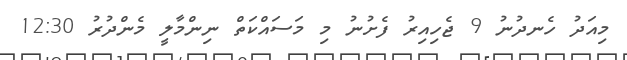
މިއަދު ހެނދުނު 9 ޖެހިއިރު ފެށުނު މި މަސައްކަތް ނިންމާލީ މެންދުރު 12:30